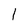
Character: 1